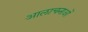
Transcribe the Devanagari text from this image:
आलाचनाओं